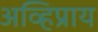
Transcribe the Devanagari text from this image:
अव्हिप्राय